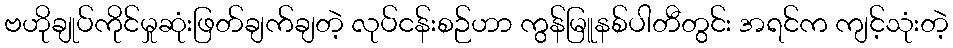
ဗဟိုချုပ်ကိုင်မှုဆုံးဖြတ်ချက်ချတဲ့ လုပ်ငန်းစဉ်ဟာ ကွန်မြူနစ်ပါတီတွင်း အရင်က ကျင့်သုံးတဲ့